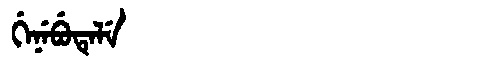
Manchu: ᡤᡝᠨᡝᠪᡠᡨᡝᠯᡝ
Romanization: GENEBUTELE